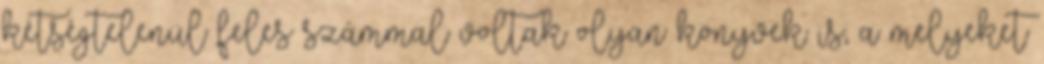
kétségtelenül feles számmal voltak olyan könyvek is, a melyeket